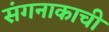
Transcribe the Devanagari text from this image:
संगनाकाची